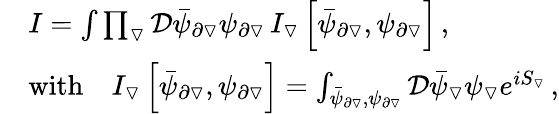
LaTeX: \begin{array}{rl}&{I=\int\prod_{\triangledown}\mathcal{D}\bar{\psi}_{\partial\triangledown}\psi_{\partial\triangledown}\, I_{\triangledown}\left[\bar{\psi}_{\partial\triangledown},\psi_{\partial\triangledown}\right]\, ,}\\ &{\mathrm{with}\quad I_{\triangledown}\left[\bar{\psi}_{\partial\triangledown},\psi_{\partial\triangledown}\right]=\int_{\bar{\psi}_{\partial\triangledown},\psi_{\partial\triangledown}}\mathcal{D}\bar{\psi}_{\triangledown}\psi_{\triangledown}e^{iS_{\triangledown}}\, ,}\end{array}